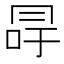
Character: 冔